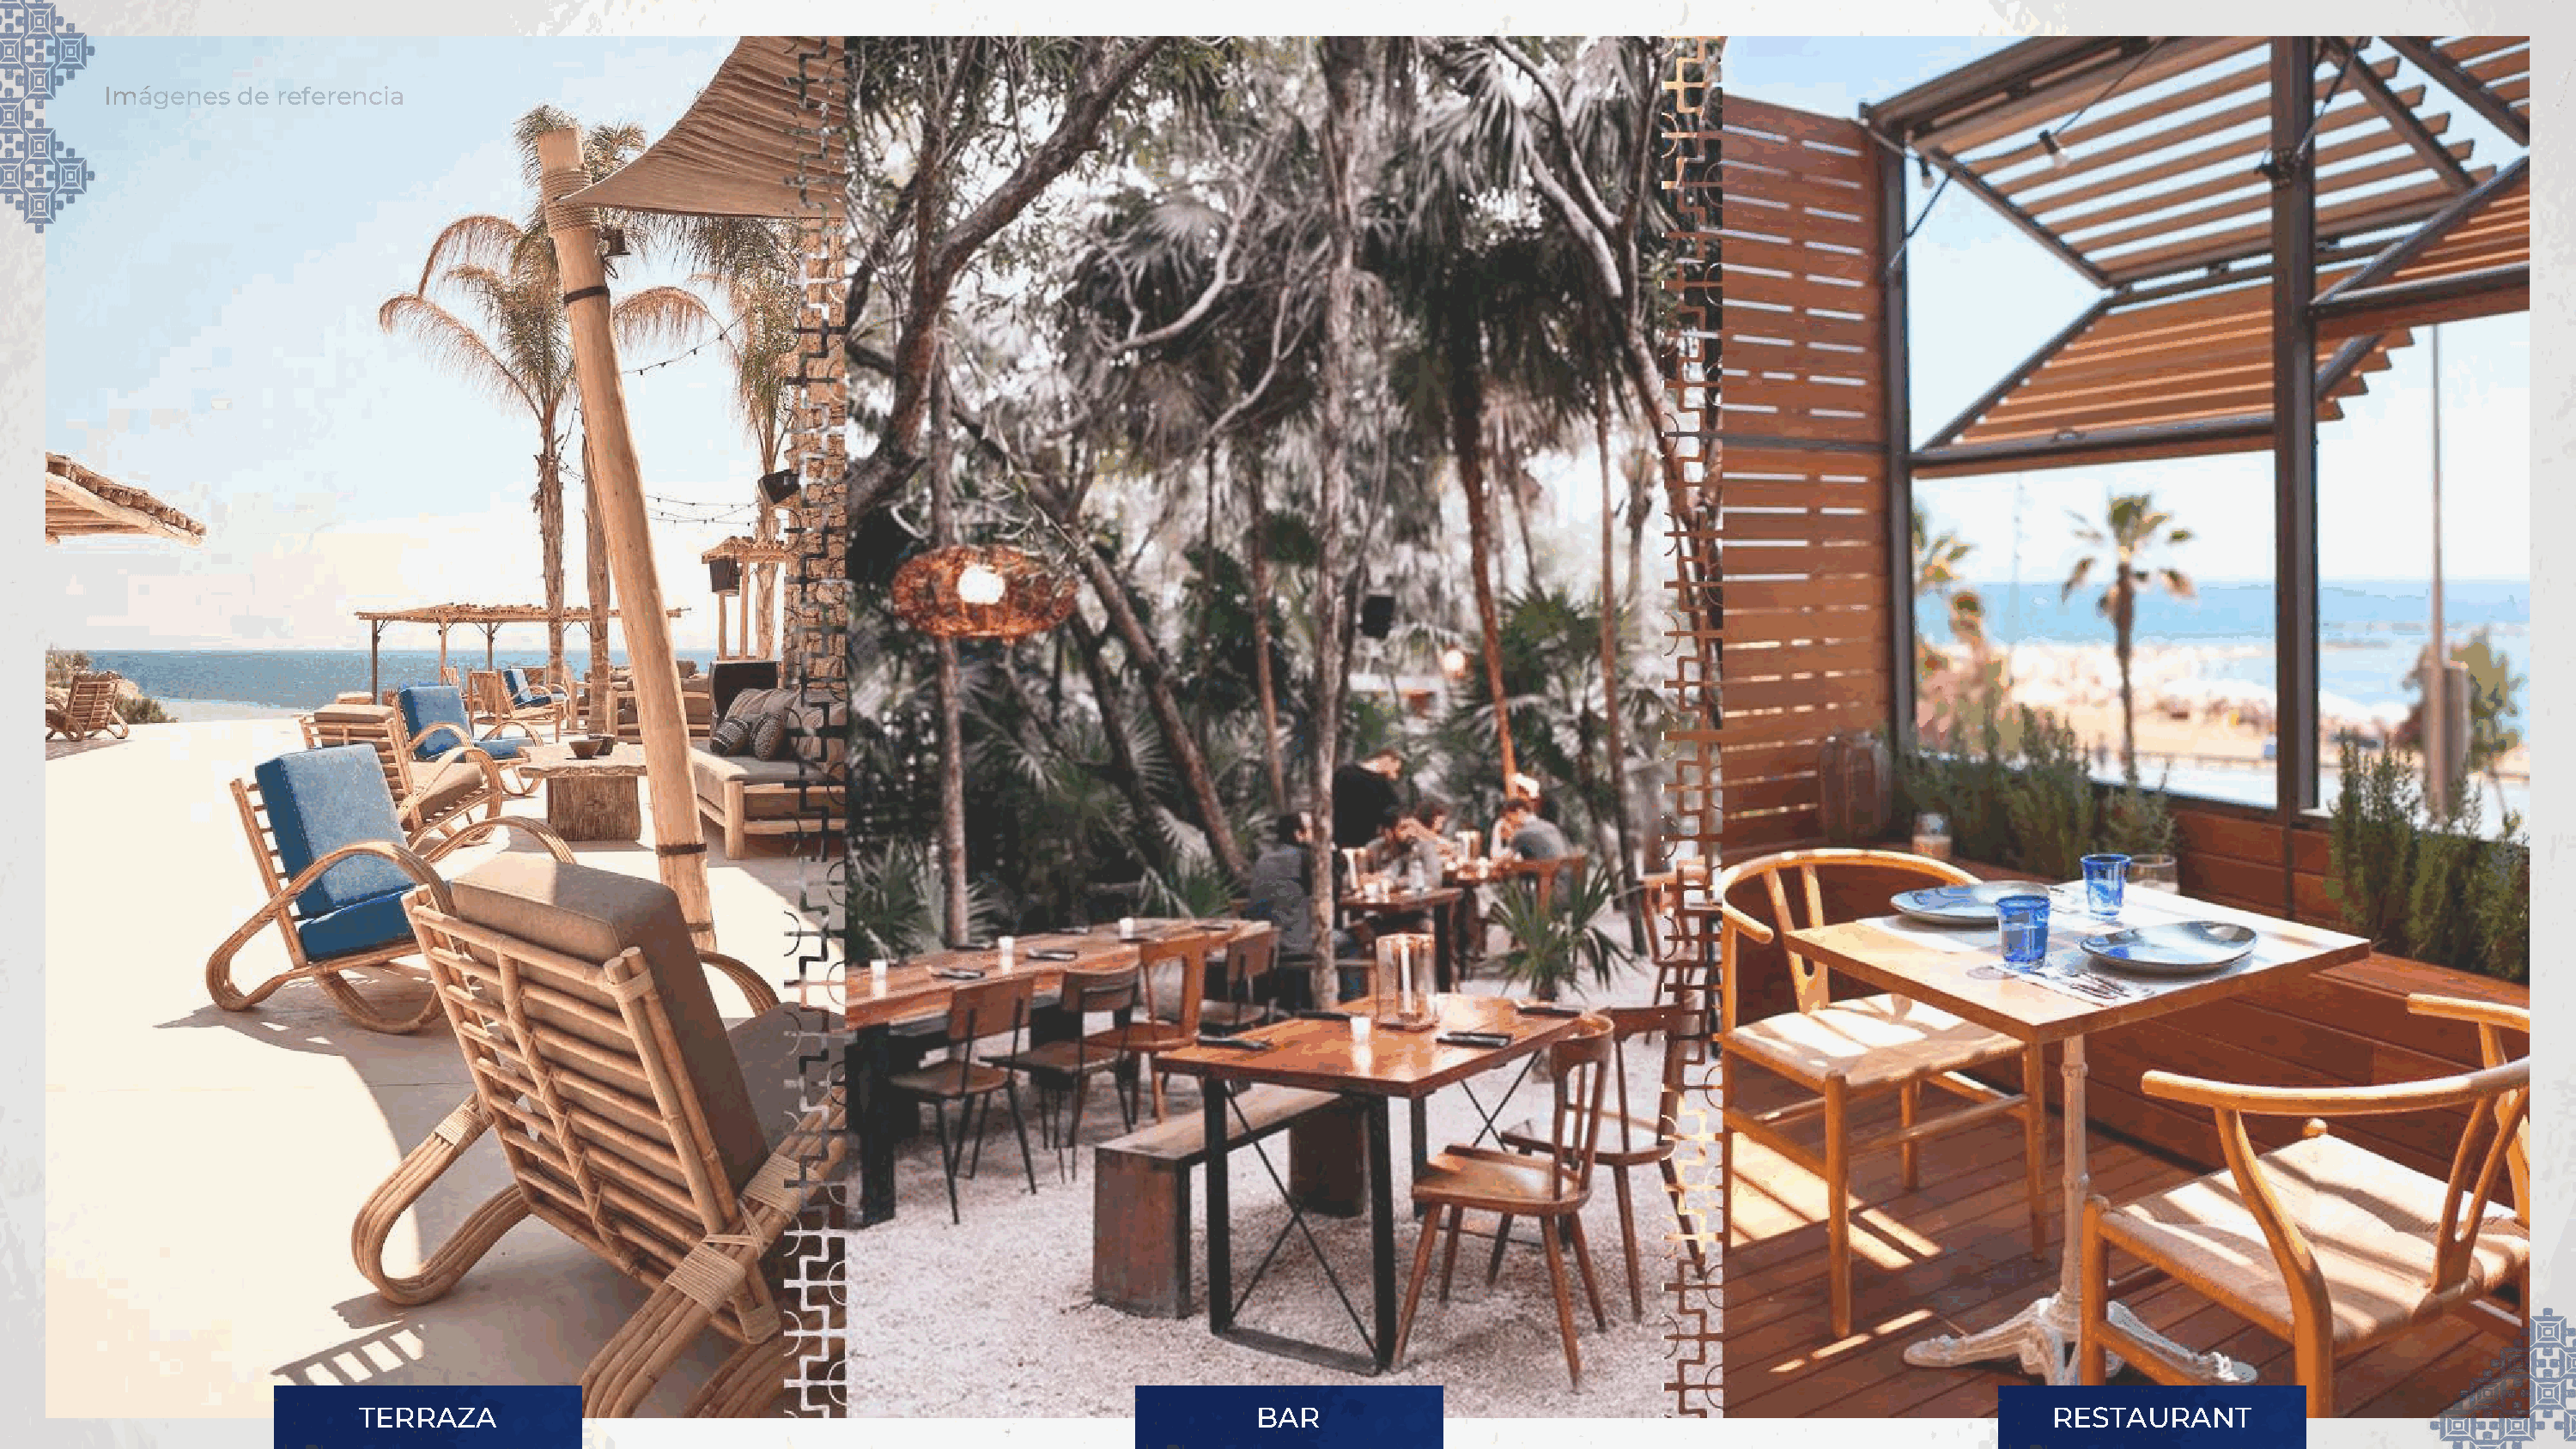
Imágenes  de referencia
 TERRAZA                                                              BAR                                                          RESTAURANT